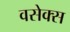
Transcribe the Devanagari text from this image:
वसेक्स